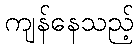
ကျန်နေသည့်